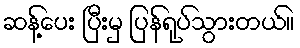
ဆန့်ပေး ပြီးမှ ပြန်ရုပ်သွားတယ်။